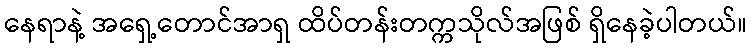
နေရာနဲ့ အရှေ့တောင်အာရှ ထိပ်တန်းတက္ကသိုလ်အဖြစ် ရှိနေခဲ့ပါတယ်။